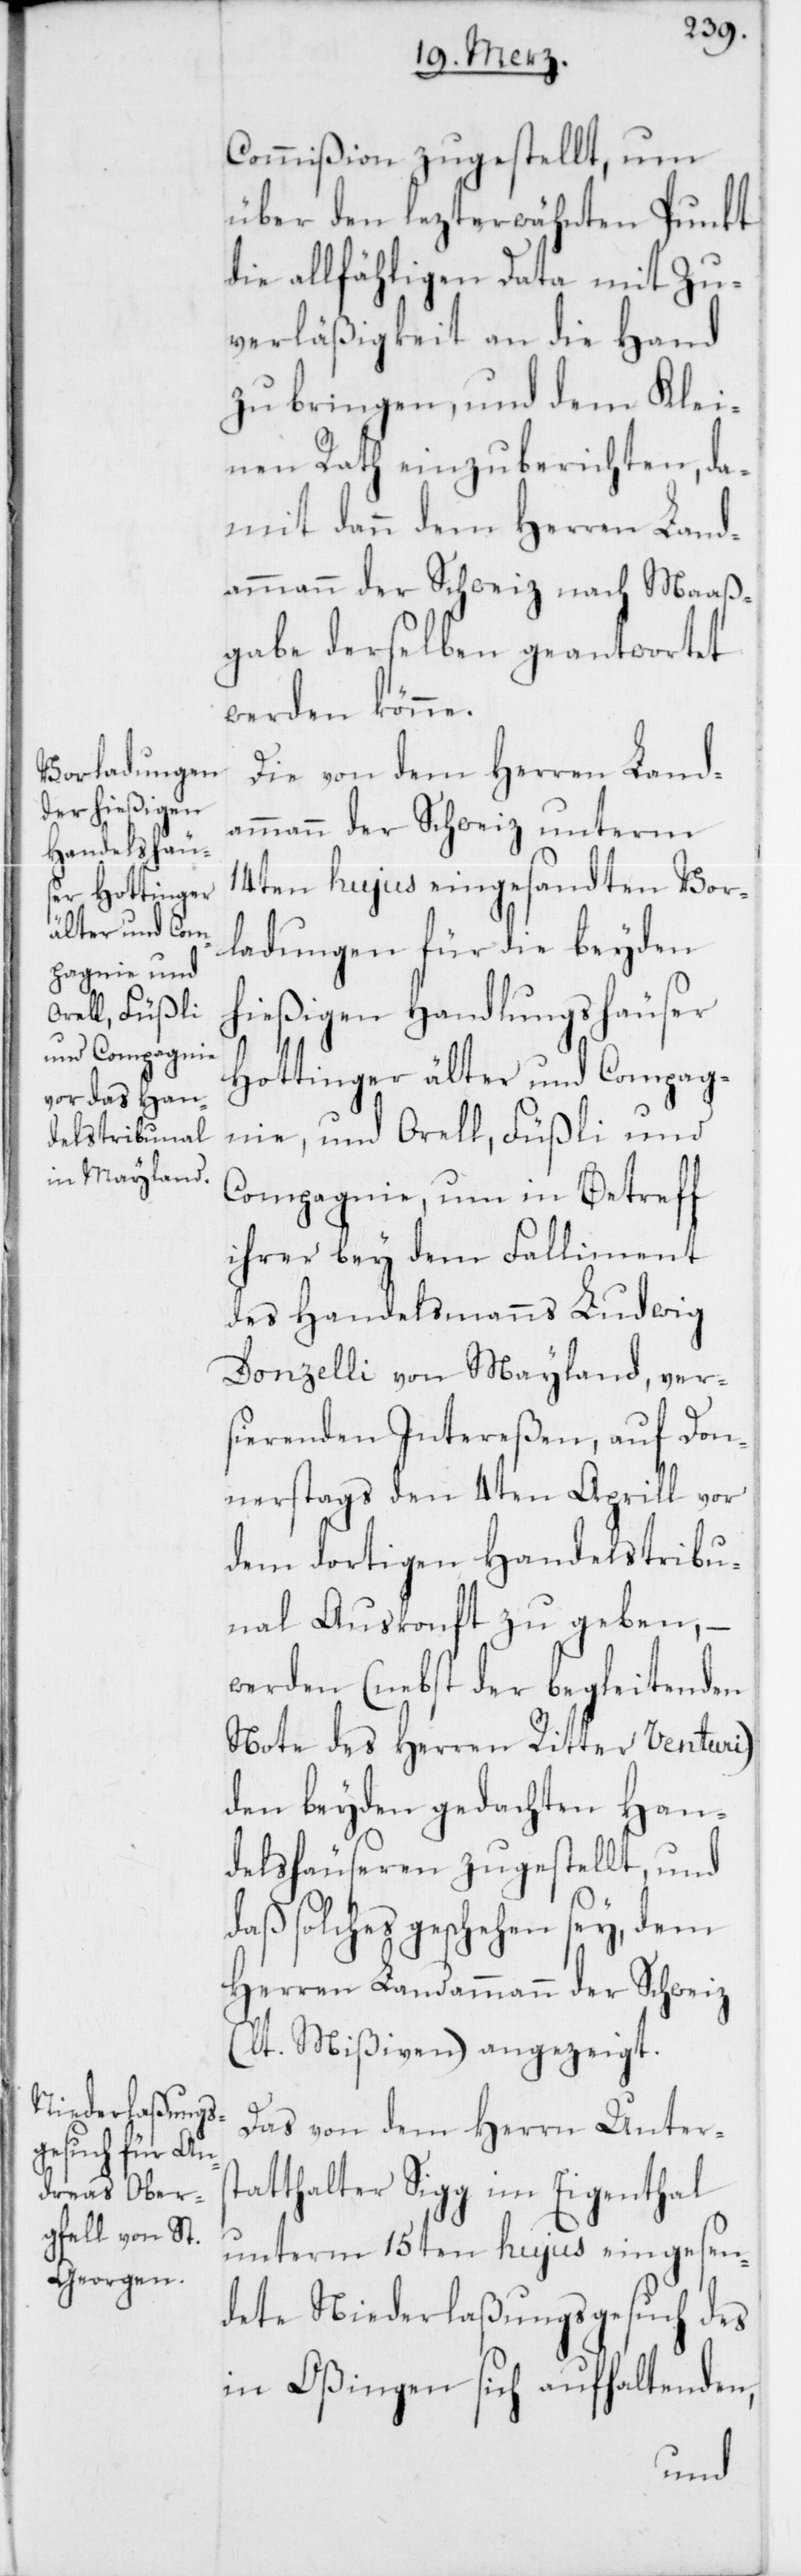
Commißion zugestellt, um
über den lezterwähnten Punkt
die allfähligen Data mit Zu¬
verläßigkeit an die Hand
zu bringen, und dem Klei¬
nen Rath einzuberichten, da¬
mit dann dem Herren Land¬
ammann der Schweiz nach Maaß¬
gabe derselben geantwortet
werden könne.
Die von dem Herren Land¬
ammann der Schweiz unterm
14ten hujus eingesandten Vor¬
ladungen für die beyden
hießigen Handlungshäuser
Hottinger älter und Compag¬
nie, und Orell, Füßli und
Compagnie, um in Betreff
ihrer bey dem Falliment
des Handelsmanns Ludwig
Donzelli von Mayland, ver¬
sierenden Intereßen, auf Don¬
nerstags den 4ten Aprill vor
dem dortigen Handelstribu¬
nal Auskonft zu geben, –
werden (nebst der begleitenden
Note des Herrn Ritter Venturi)
den beyden gedachten Han¬
delshäuseren zugestellt, und
daß solches geschehen sey, dem
Herren Landammann der Schweiz
(lt. Mißiven) angezeigt.
Das von dem Herrn Unters¬
tatthalter Sigg im Eigenthal
unterm 15ten hujus eingesen¬
dete Niederlaßungsgesuch des
in Oßingen sich aufhaltenden,